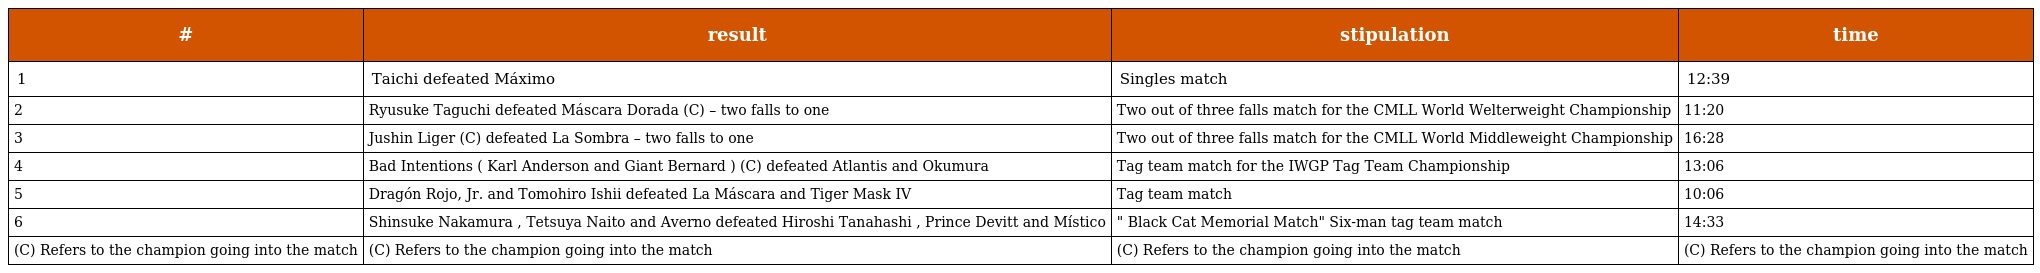
| # | result | stipulation | time |
 | --- | --- | --- | --- |
 | 1 | Taichi defeated Máximo | Singles match | 12:39 |
 | 2 | Ryusuke Taguchi defeated Máscara Dorada (C) – two falls to one | Two out of three falls match for the CMLL World Welterweight Championship | 11:20 |
 | 3 | Jushin Liger (C) defeated La Sombra – two falls to one | Two out of three falls match for the CMLL World Middleweight Championship | 16:28 |
 | 4 | Bad Intentions ( Karl Anderson and Giant Bernard ) (C) defeated Atlantis and Okumura | Tag team match for the IWGP Tag Team Championship | 13:06 |
 | 5 | Dragón Rojo, Jr. and Tomohiro Ishii defeated La Máscara and Tiger Mask IV | Tag team match | 10:06 |
 | 6 | Shinsuke Nakamura , Tetsuya Naito and Averno defeated Hiroshi Tanahashi , Prince Devitt and Místico | " Black Cat Memorial Match" Six-man tag team match | 14:33 |
 | (C) Refers to the champion going into the match | (C) Refers to the champion going into the match | (C) Refers to the champion going into the match | (C) Refers to the champion going into the match |